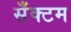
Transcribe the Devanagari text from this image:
सँक्टम